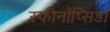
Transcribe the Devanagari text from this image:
स्फीनॉप्सिडा